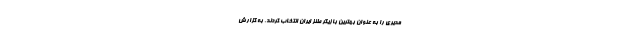
مدیری را به عنوان بهترین بازیگر طنز ایران انتخاب کردند. به گزارش